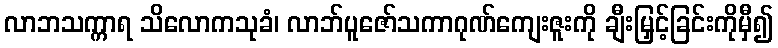
လာဘသက္ကာရ သိလောကသုခံ၊ လာဘ်ပူဇော်သကာဂုဏ်ကျေးဇူးကို ချီးမြှင့်ခြင်းကိုမှီ၍